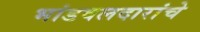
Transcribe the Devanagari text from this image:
भांडवलदारांचे